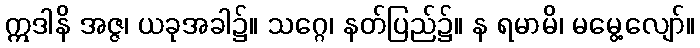
ဣဒါနိ အဇ္ဇ၊ ယခုအခါ၌။ သဂ္ဂေ၊ နတ်ပြည်၌။ န ရမာမိ၊ မမွေ့လျော်။